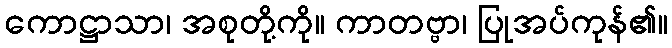
ကောဋ္ဌာသာ၊ အစုတို့ကို။ ကာတဗ္ဗာ၊ ပြုအပ်ကုန်၏။